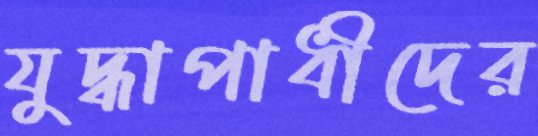
যুদ্ধাপাধীদের